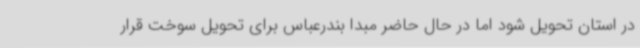
در استان تحویل شود اما در حال حاضر مبدا بندرعباس برای تحویل سوخت قرار